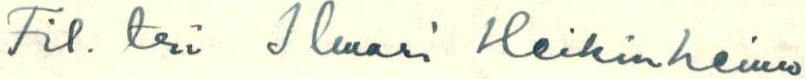
Fit. tri Ilmari Heikinheimo